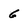
Character: 6